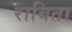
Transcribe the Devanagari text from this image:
राबिता